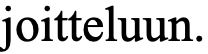
joitteluun.